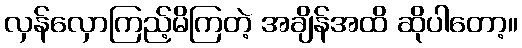
လှန်လှောကြည့်မိကြတဲ့ အချိန်အထိ ဆိုပါတော့။